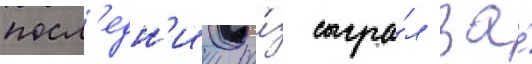
посл'едн'ии ра́з сыгра́л за́